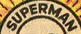
SUPERMAN